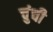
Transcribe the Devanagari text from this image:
चुंची